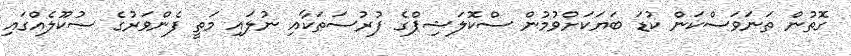
ގޮތުން ތަނަވަސްކަން ކުޑަ ބަޔަކަށްވުމުން ސްކޮލަޝިޕްގެ ފުރުސަތަކާއި ނުލައި މަތީ ފެންވަރުގެ ސުކޫލެއްގައި